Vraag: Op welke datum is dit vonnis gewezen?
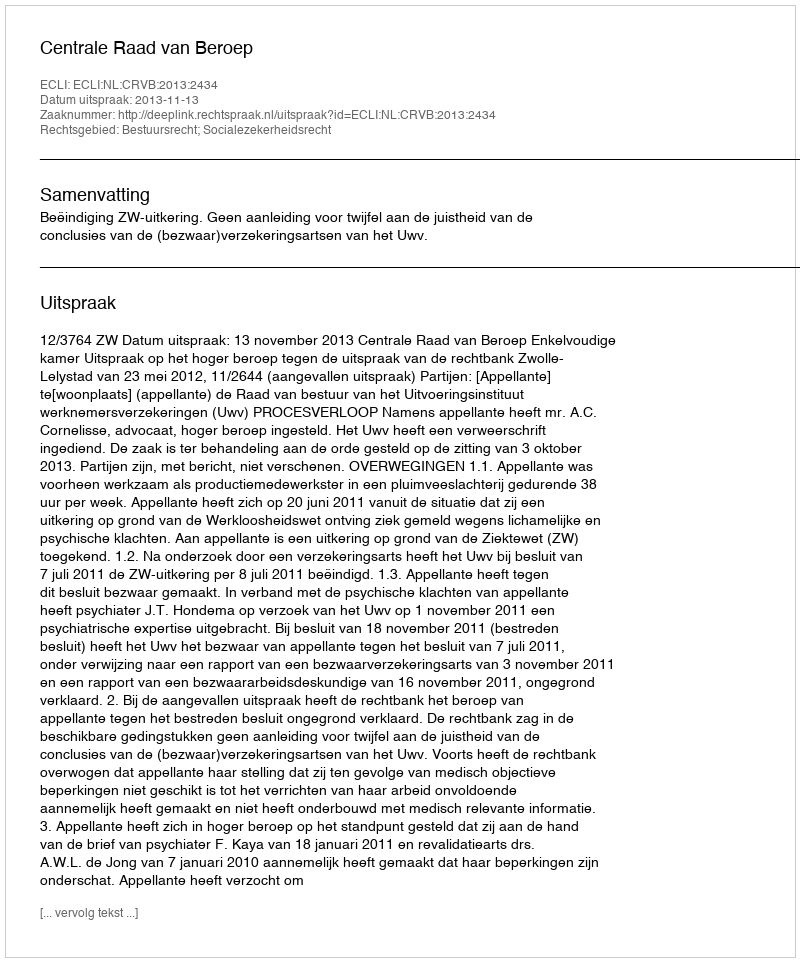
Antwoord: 2013-11-13